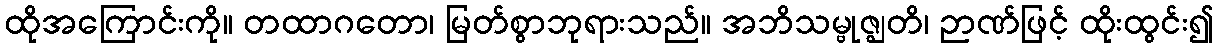
ထိုအကြောင်းကို။ တထာဂတော၊ မြတ်စွာဘုရားသည်။ အဘိသမ္ဗုဇ္ဈတိ၊ ဉာဏ်ဖြင့် ထိုးထွင်း၍